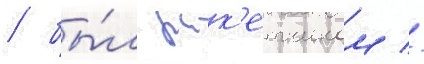
/ бы́л рак'етчиком //